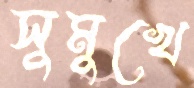
সুমুখে